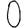
Digit: 0